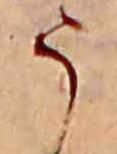
う